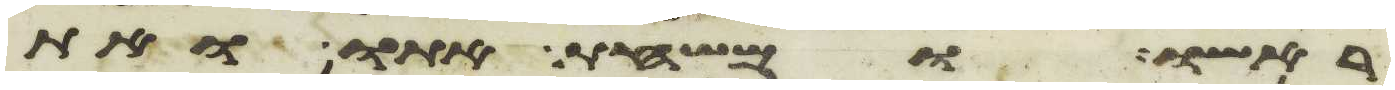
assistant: ראשו ומשחת אתו ואת